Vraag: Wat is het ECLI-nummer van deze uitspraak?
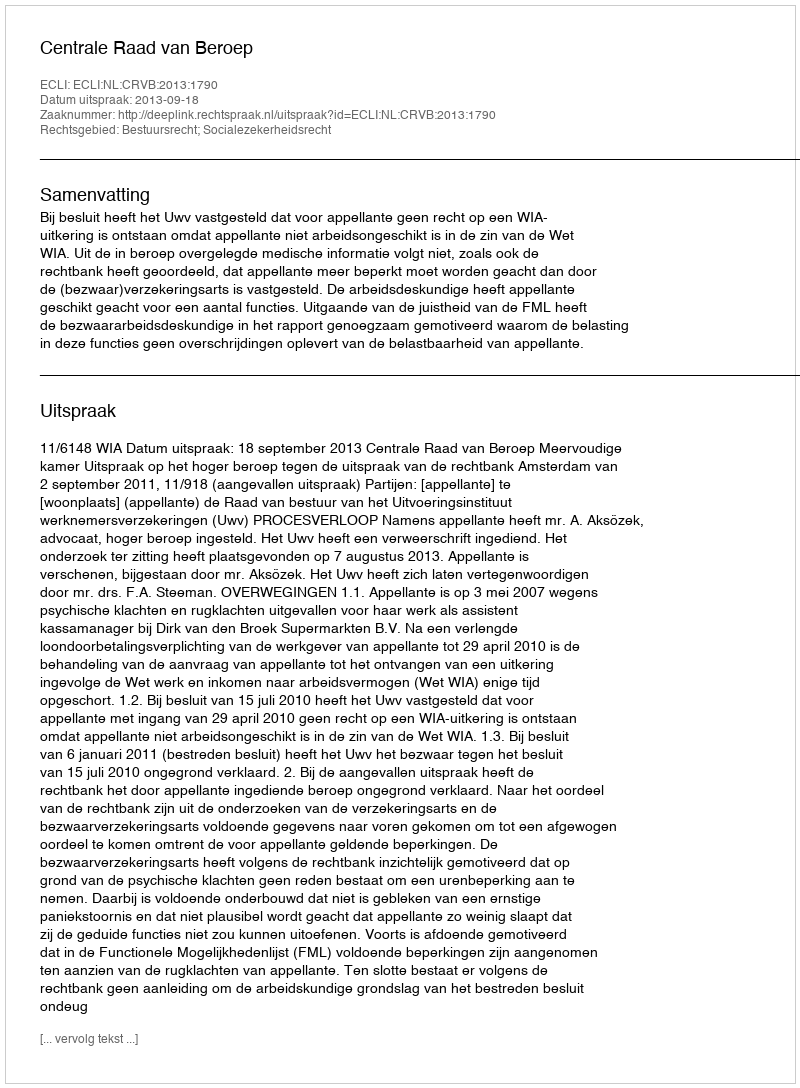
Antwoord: ECLI:NL:CRVB:2013:1790